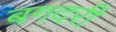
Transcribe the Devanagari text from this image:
बगदरी